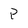
Character: P